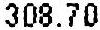
308.70